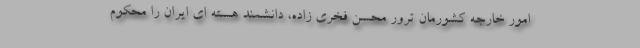
امور خارجه کشورمان ترور محسن فخری زاده، دانشمند هسته ای ایران را محکوم